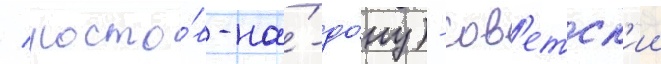
/ росто́в-на́-до́ну) - сов'етск'ии